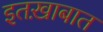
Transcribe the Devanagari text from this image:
इतख़ाबात